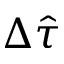
\Delta \hat { \tau }